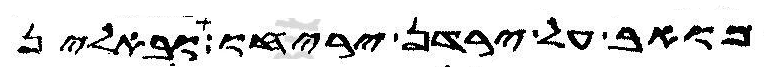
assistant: מואב על ירדן יריחו ובאלין